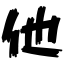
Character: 他